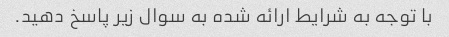
با توجه به شرایط ارائه شده به سوال زیر پاسخ دهید.